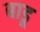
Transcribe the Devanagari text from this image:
बाडू